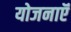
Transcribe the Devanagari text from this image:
योजनाऍं